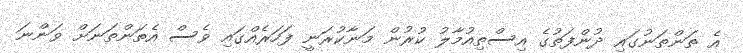
އެ ތަންތަނުގައި ދުންފަތުގެ އިސްތިއުމާލު ކުރުން މަނާކުރަނީ ފަހަރެއްގައި ވެސް އެތަންތަނަށް ވަންނަ